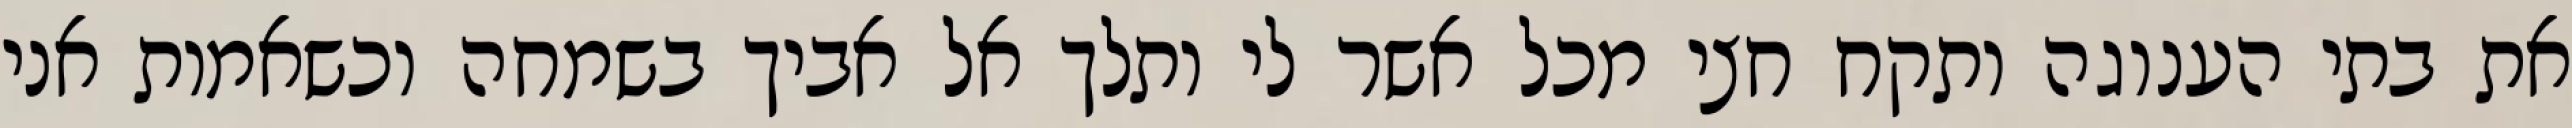
את בתי הענוגה ותקח חצי מכל אשר לי ותלך אל אביך בשמחה וכשאמות אני